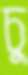
চু